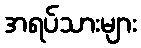
အရပ်သားများ